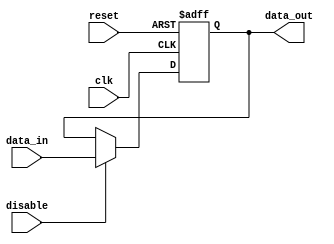
module Disable #(parameter WIDTH = 8)(
    input  wire                clk,           // Clock input
    input  wire                reset,         // Asynchronous reset
    input  wire                disable,       // Control signal to enable/disable the block
    input  wire [WIDTH-1:0]   data_in,       // Input data
    output reg  [WIDTH-1:0]    data_out       // Output data
);

    // Registers to hold the output state
    reg [WIDTH-1:0] output_reg;

    // Process block which handles the disable functionality
    always @(posedge clk or posedge reset) begin
        if (reset) begin
            // Asynchronous reset: Set output to zero or any predefined value
            output_reg <= {WIDTH{1'b0}}; // Resetting to 0
        end else if (disable) begin
            // When disable is asserted, allow normal operation
            output_reg <= data_in;
        end
        // When disable is deasserted (logic low), hold the last output state
        // We do not need an else clause here because we are holding by default
    end

    // Assign the register output to the module output
    always @* begin
        data_out = output_reg;
    end

endmodule